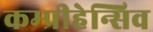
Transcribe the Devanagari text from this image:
कम्प्रीहेन्सिव